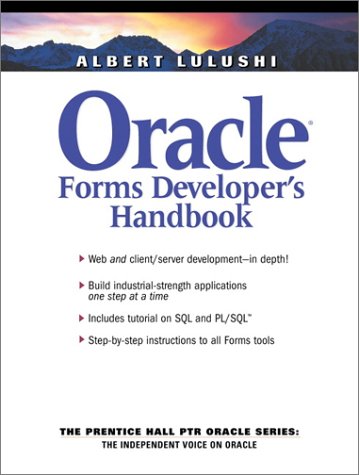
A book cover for Oracle Forms Developer's Handbook; Albert Lulushi; Computers & Technology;